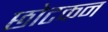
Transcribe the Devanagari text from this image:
छोटकन